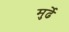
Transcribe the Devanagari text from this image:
मुर्ढे